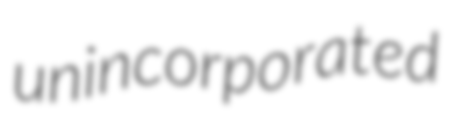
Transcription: unincorporated